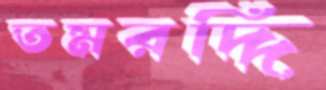
তমরদ্দি